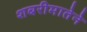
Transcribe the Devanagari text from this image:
शबरीमातेने